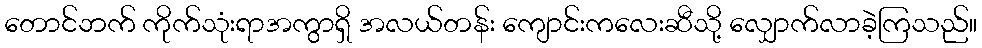
တောင်ဘက် ကိုက်သုံးရာအကွာရှိ အလယ်တန်း ကျောင်းကလေးဆီသို့ လျှောက်လာခဲ့ကြသည်။